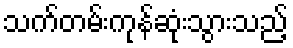
သက်တမ်းကုန်ဆုံးသွားသည့်